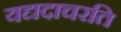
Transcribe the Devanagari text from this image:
यद्यदाचरति